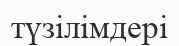
түзілімдері